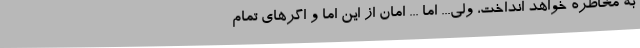
به مخاطره خواهد انداخت، ولی... اما ... امان از این اما و اگرهای تمام